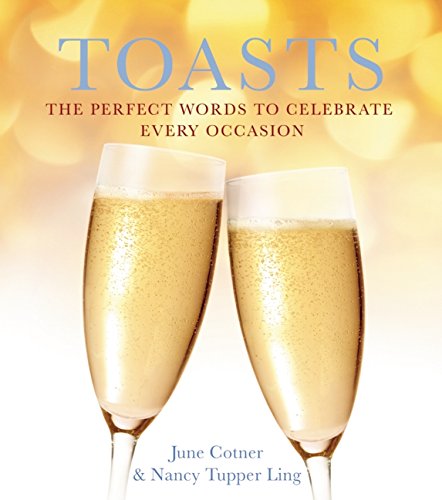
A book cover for Toasts: The Perfect Words to Celebrate Every Occasion; Literature & Fiction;